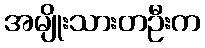
အမျိုးသားတဦးက